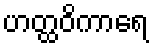
ဟတ္ထဝိကာရေ